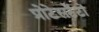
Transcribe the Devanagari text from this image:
प्रोटेसटेंटों